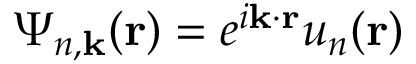
{ \Psi } _ { n , \mathbf { k } } ( \mathbf { r } ) = e ^ { i \mathbf { k } \cdot \mathbf { r } } u _ { n } ( \mathbf { r } )